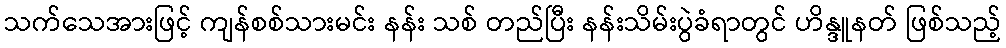
သက်သေအားဖြင့် ကျန်စစ်သားမင်း နန်း သစ် တည်ပြီး နန်းသိမ်းပွဲခံရာတွင် ဟိန္ဒူနတ် ဖြစ်သည့်